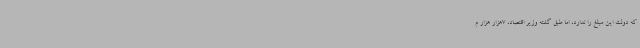
که دولت این مبلغ را ندارد، اما طبق گفته وزیر اقتصاد، 7هزار هزار م